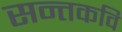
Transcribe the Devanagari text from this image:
सन्तकवि